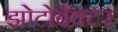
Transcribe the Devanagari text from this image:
झोटोबॅक्टर